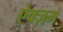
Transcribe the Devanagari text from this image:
ऐक्ज़म